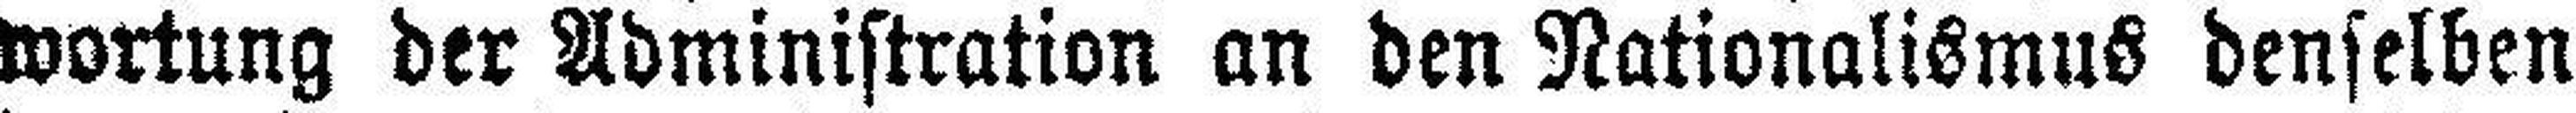
wortung der Administration an den Nationalismus denselben